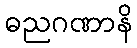
ဓညဂဏာနိ